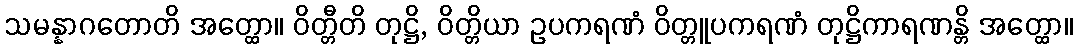
သမန္နာဂတောတိ အတ္ထော။ ဝိတ္တီတိ တုဋ္ဌိ, ဝိတ္တိယာ ဥပကရဏံ ဝိတ္တူပကရဏံ တုဋ္ဌိကာရဏန္တိ အတ္ထော။